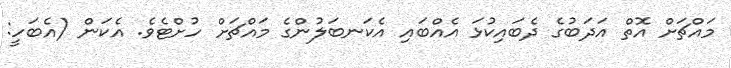
މައްޗަށް އޮތް އަދަބުގެ ދެބައިކުޅަ އެއްބައި އެކަނބަލުންގެ މައްޗަށް ހުށްޓެވެ. އެކަން (އެބަހީ: